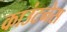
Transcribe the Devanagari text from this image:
काउंटनेस